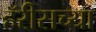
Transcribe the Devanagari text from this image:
हॅरीसच्या